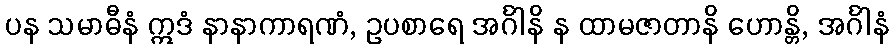
ပန သမာဓီနံ ဣဒံ နာနာကာရဏံ, ဥပစာရေ အင်္ဂါနိ န ထာမဇာတာနိ ဟောန္တိ, အင်္ဂါနံ